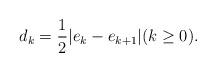
LaTeX: \begin{align*}d_k=\frac{1}{2}|e_k - e_{k+1}| (k\geq 0). \end{align*}